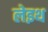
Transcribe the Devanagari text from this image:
लेइथ